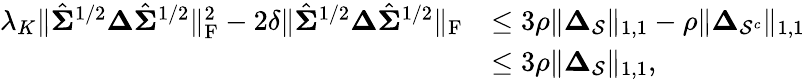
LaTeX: \begin{array}{rl}{\lambda_{K}\| \hat{\boldsymbol{\Sigma}}^{1/2}\boldsymbol{\Delta}\hat{\boldsymbol{\Sigma}}^{1/2}\| _{\mathrm{F}}^{2}-2\delta\| \hat{\boldsymbol{\Sigma}}^{1/2}\boldsymbol{\Delta}\hat{\boldsymbol{\Sigma}}^{1/2}\| _{\mathrm{F}}}&{\leq 3\rho\| \boldsymbol{\Delta}_{\mathcal{S}}\| _{1,1}-\rho\| \boldsymbol{\Delta}_{\mathcal{S}^{c}}\| _{1,1}}\\ &{\leq 3\rho\| \boldsymbol{\Delta}_{\mathcal{S}}\| _{1,1},}\end{array}